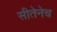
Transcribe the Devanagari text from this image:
सीतेनेच